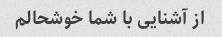
از آشنایی با شما خوشحالم